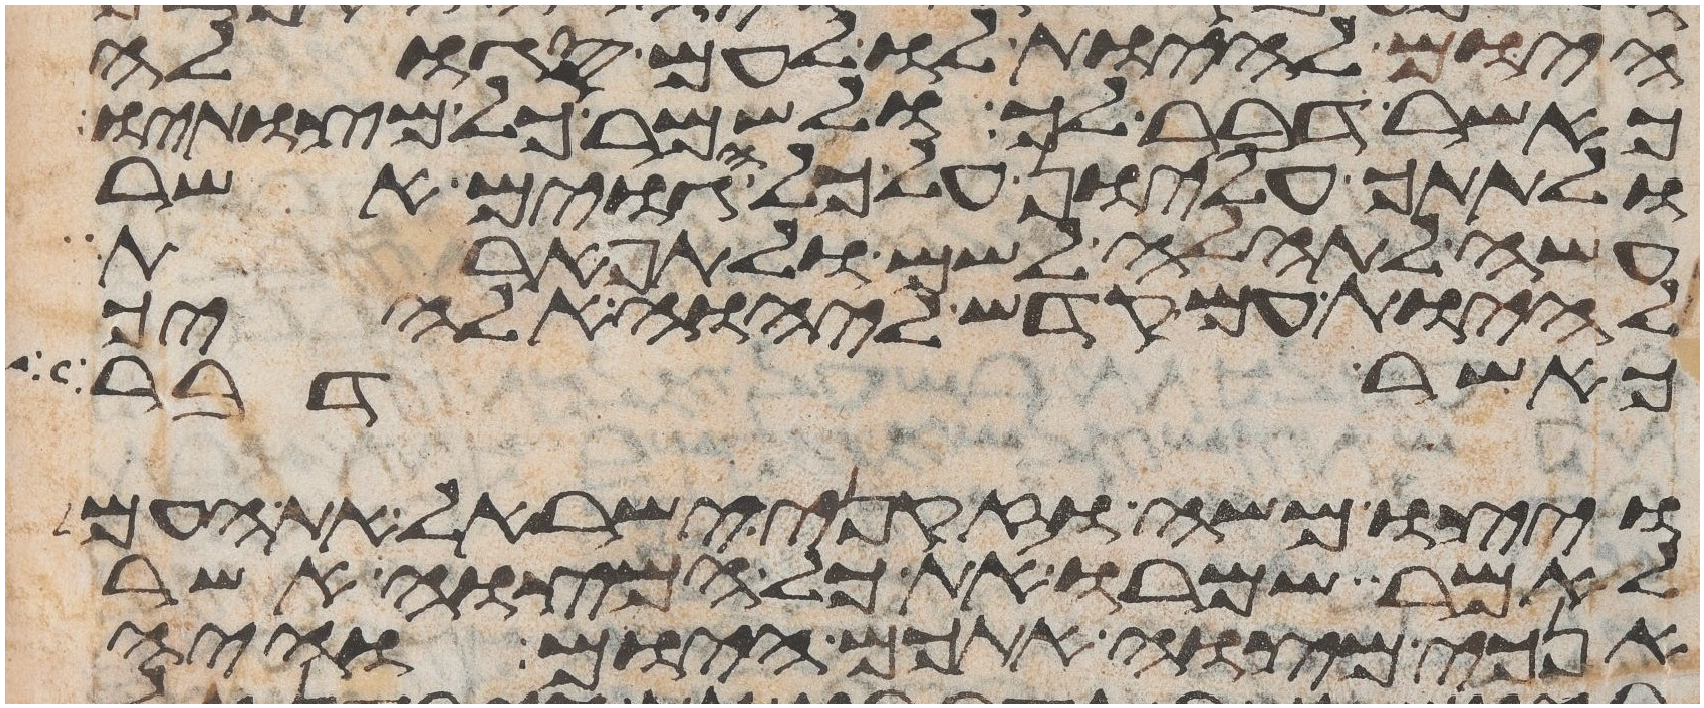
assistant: היום להיות לו לעם סגלה
כאשר דבר לך ולשמר כל מצותיו
ולתתך עליון על כל הגוים אשר
עשה לתהלה לשם ולתפארת
ולהיותך עם קדש ליהוה אלהיך
כאשר דבר
ויצו משה וזקני ישראל את העם
לאמר שמרו את כל המצוה אשר
אנכי מצוה אתכם היום והיה